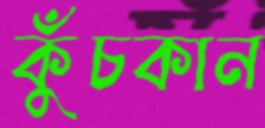
কুঁচকান